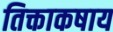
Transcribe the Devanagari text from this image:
तिक्ताकषाय